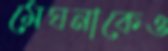
মেঘনাকেও